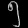
Digit: ၅